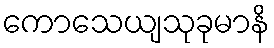
ကောသေယျသုခုမာနိ